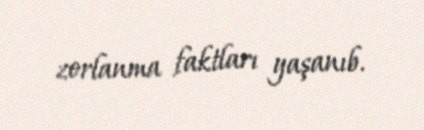
zorlanma faktları yaşanıb.